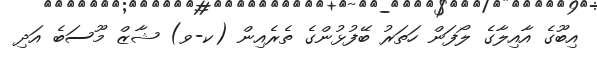
އިބޫގެ އާއިލާގެ ލޯފަން ހަތަރު ބޭފުޅުންގެ ތެރެއިން (ކ-ވ) ޝާޒް މޫސަބެ އަދި